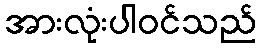
အားလုံးပါဝင်သည်